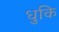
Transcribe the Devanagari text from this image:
धुकि